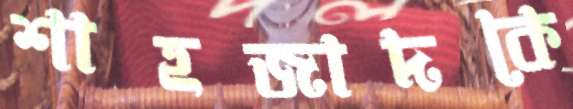
শাহজাদকে